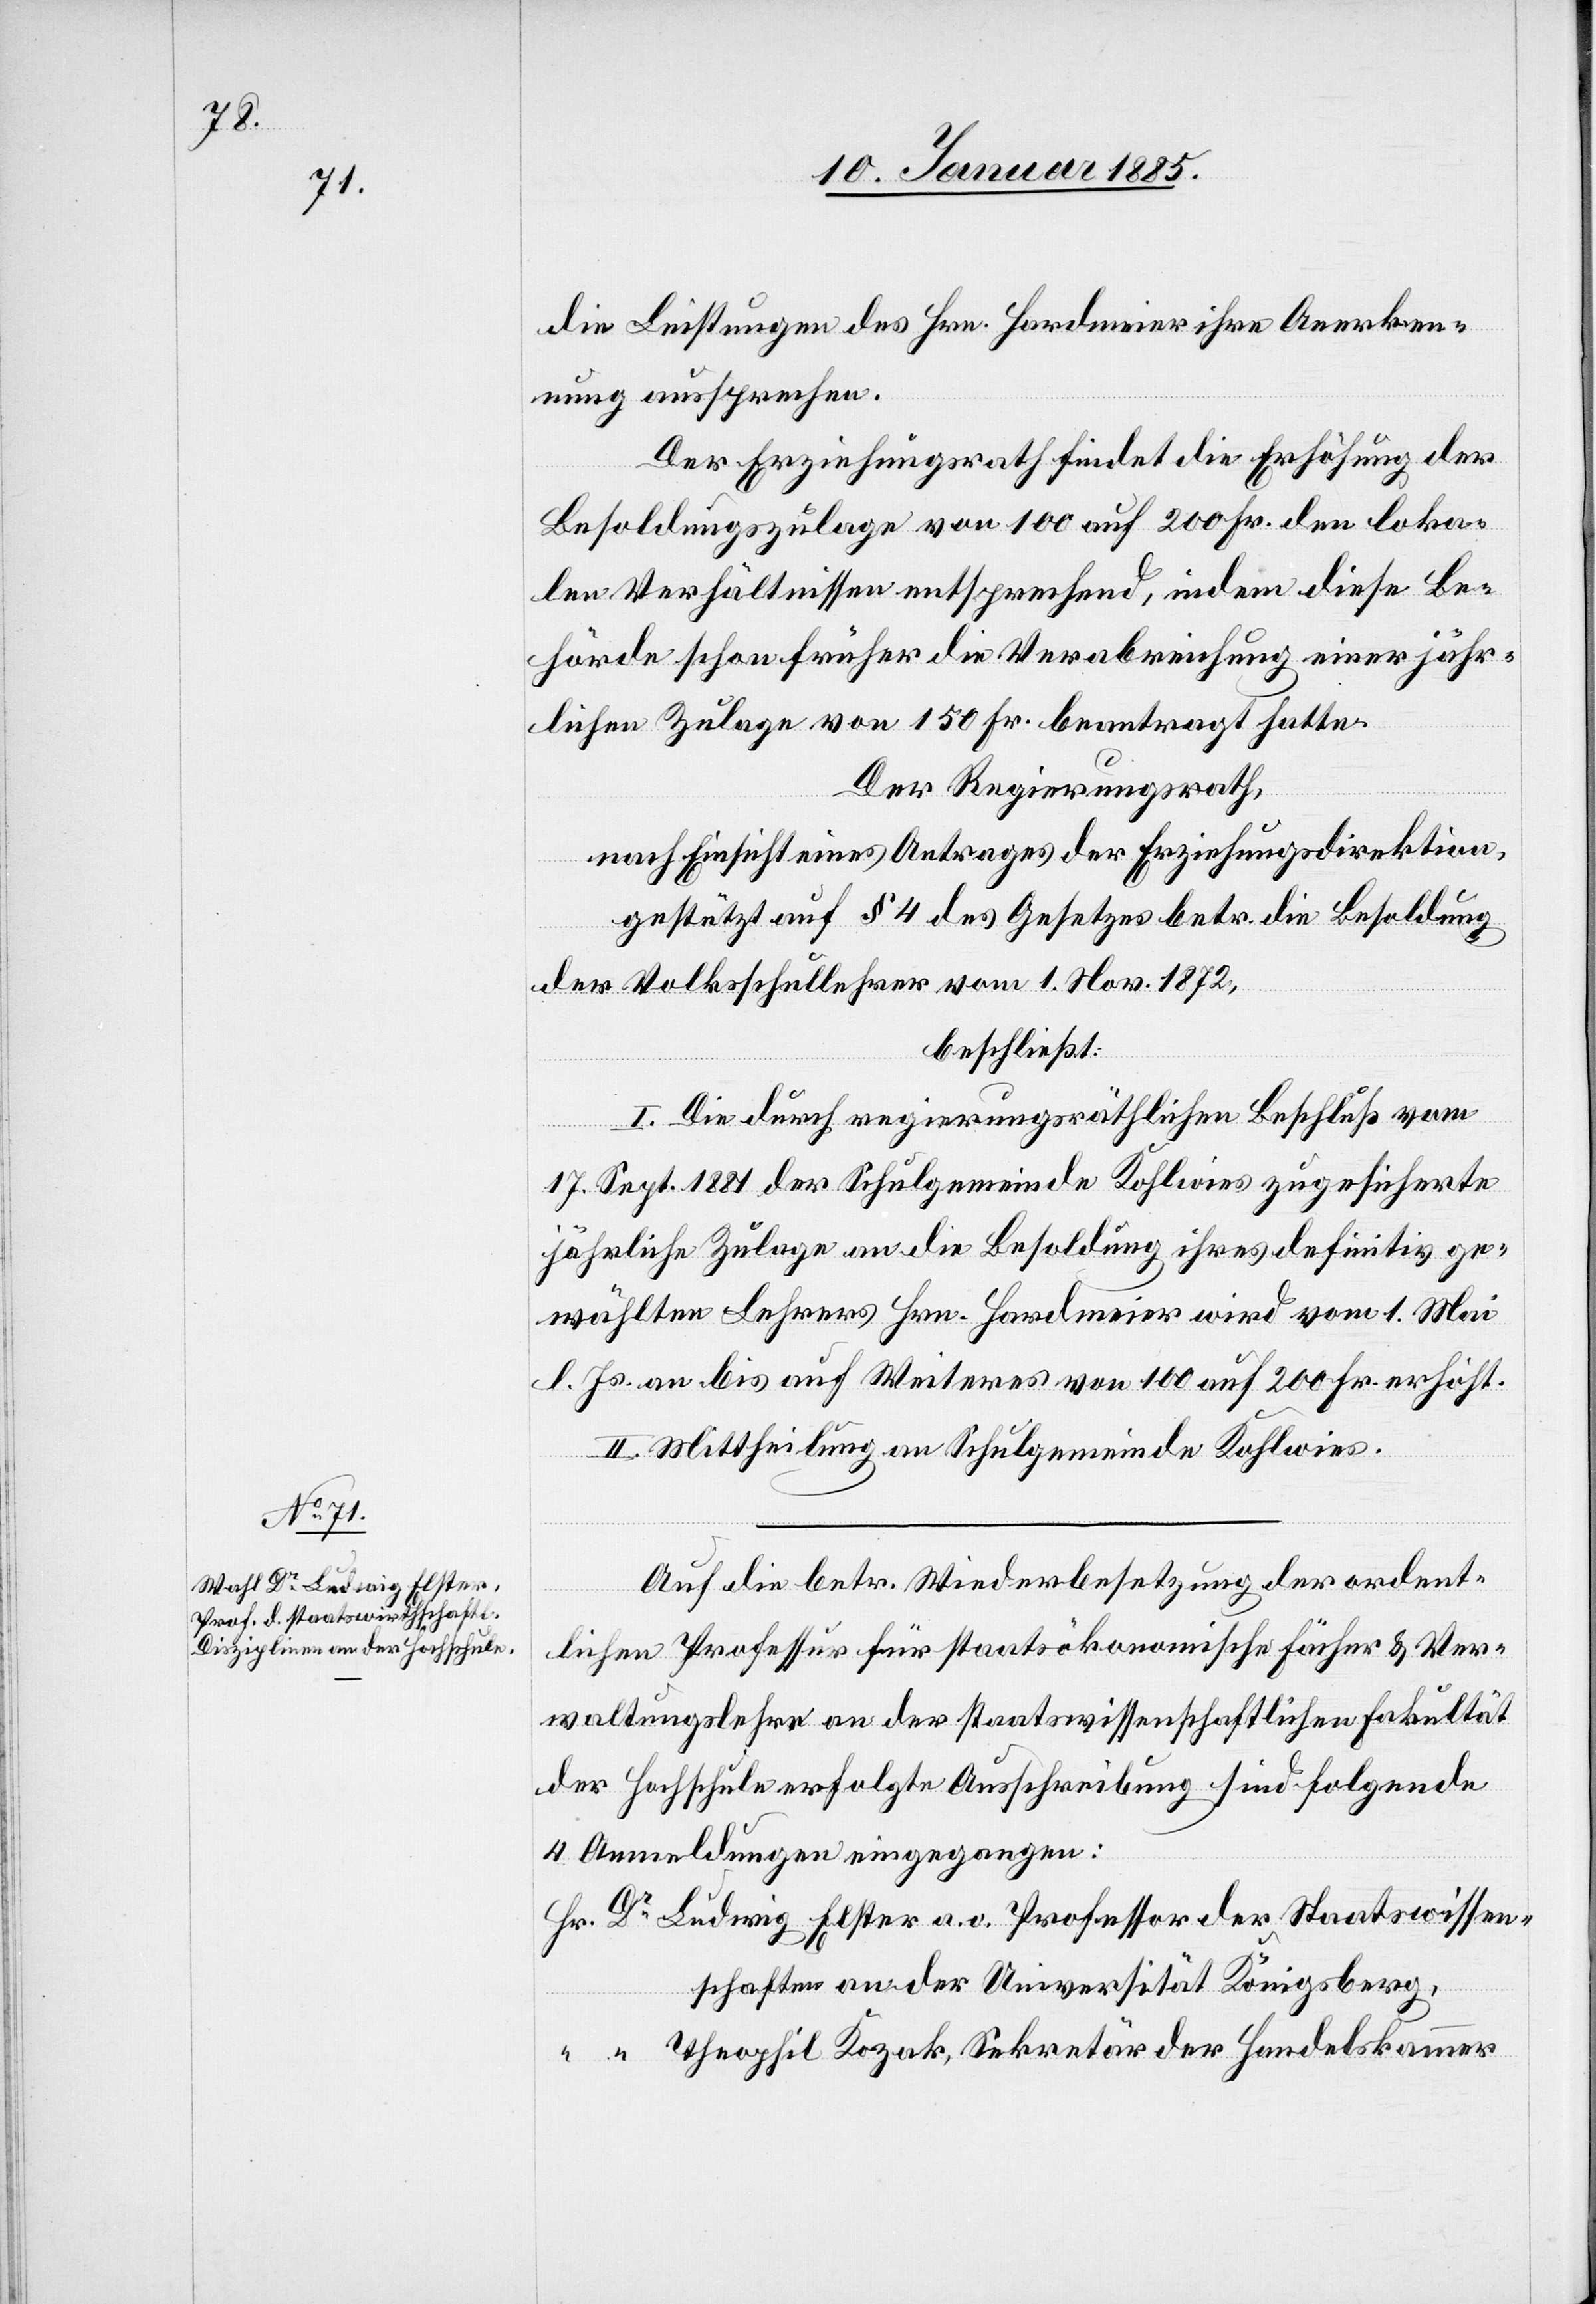
die Leistungen des Hrn. Hardmeier ihre Anerken¬
nung aussprechen.
Der Erziehungsrath findet die Erhöhung der
Besoldungszulage von 100 auf 200 Fr. den loka¬
len Verhältnissen entsprechend, indem diese Be¬
hörde schon früher die Verabreichung einer jähr¬
lichen Zulage von 150 Fr. beantragt hatte.
Dr.
Der Regierungsrath,
nach Einsicht eines Antrages der Erziehungsdirektion,
gestützt auf § 4 des Gesetzes betr. die Besoldung
der Volksschullehrer vom 1. Nov. 1872,
beschließt:
I. Die durch regierungsräthlichen Beschluß vom
17. Sept. 1881 der Schulgemeinde Kohlwies zugesicherte
jährliche Zulage an die Besoldung ihres definitiv ge¬
wählten Lehrers Hrn. Hardmeier wird vom 1. Mai
l. Js. an bis auf Weiteres von 100 auf 200 Fr. erhöht.
II. Mittheilung an die Schulgemeinde Kohlwies.
Auf die betr. Wiederbesetzung der ordent¬
lichen Professur für staatsökonomische Fächer & Ver¬
waltungslehre an der staatswissenschaftlichen Fakultät
der Hochschule erfolgte Ausschreibung sind folgende
4 Anmeldungen eingegangen.
Ludwig Elster a. o. Professor der Staatswissen¬
schaften an der Universität Königsberg,
Theophil Kozak, Sekretär der Handelskammer